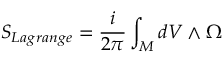
{ \cal { S } } _ { L a g r a n g e } = \frac { i } { 2 \pi } \int _ { \cal { M } } d V \wedge \Omega { }